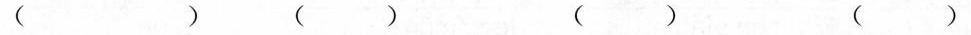
( ) ( ) ( ) ( )